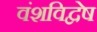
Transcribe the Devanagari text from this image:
वंशविद्वेष